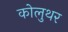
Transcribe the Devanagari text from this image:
कोलुथर